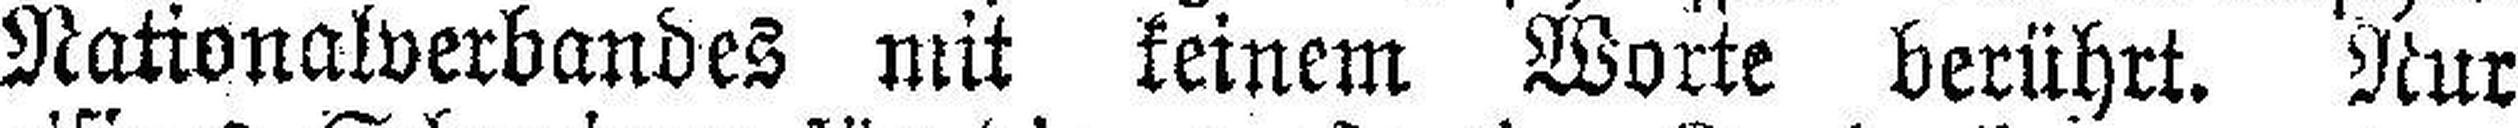
Nationalverbandes mit keinem Worte berührt. Nur